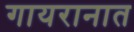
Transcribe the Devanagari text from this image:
गायरानात